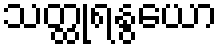
သတ္ထုရနွယော